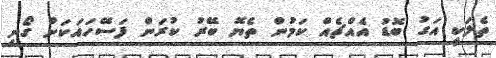
ތެލަކީ އަގު ބޮޑު އެއްޗެއް ކަމުން ތެޔޮ ބޭރު ކުރަން ފަސޭހައަކަށް ގޯނި